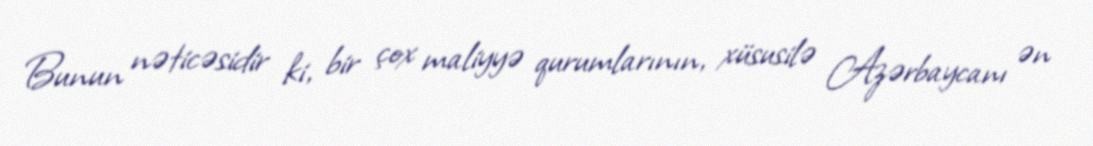
Bunun nəticəsidir ki, bir çox maliyyə qurumlarının, xüsusilə Azərbaycanı ən